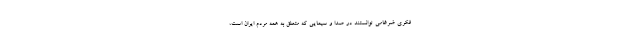
فکریِ ضرغامی توانستند در صدا و سیمایی که متعلق به همه مردم ایران است،